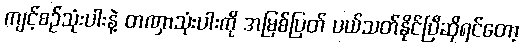
ကျင့်စဉ်သုံးပါးနဲ့ တဏှာသုံးပါးကို အမြစ်ပြတ် ပယ်သတ်နိုင်ပြီဆိုရင်တော့